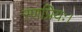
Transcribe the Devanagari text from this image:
रणप्रियः।